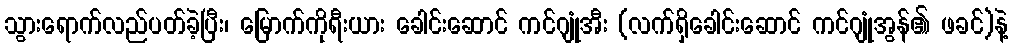
သွားရောက်လည်ပတ်ခဲ့ပြီး၊ မြောက်ကိုရီးယား ခေါင်းဆောင် ကင်ဂျုံအီး (လက်ရှိခေါင်းဆောင် ကင်ဂျုံအွန်၏ ဖခင်)နဲ့